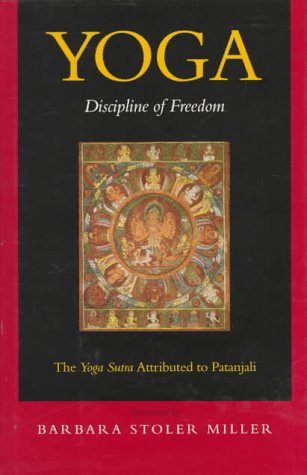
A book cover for Yoga: Discipline of Freedom. The Yoga Sutra Attributed to Patanjali; Religion & Spirituality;